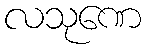
လသုဏေ